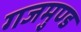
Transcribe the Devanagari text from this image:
गजमुण्ड